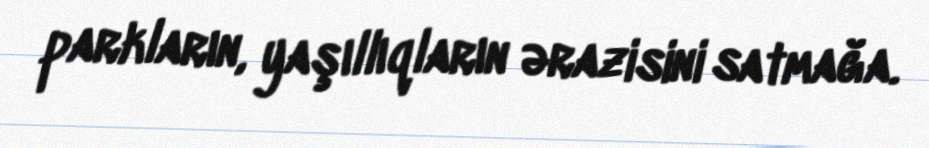
parkların, yaşıllıqların ərazisini satmağa.